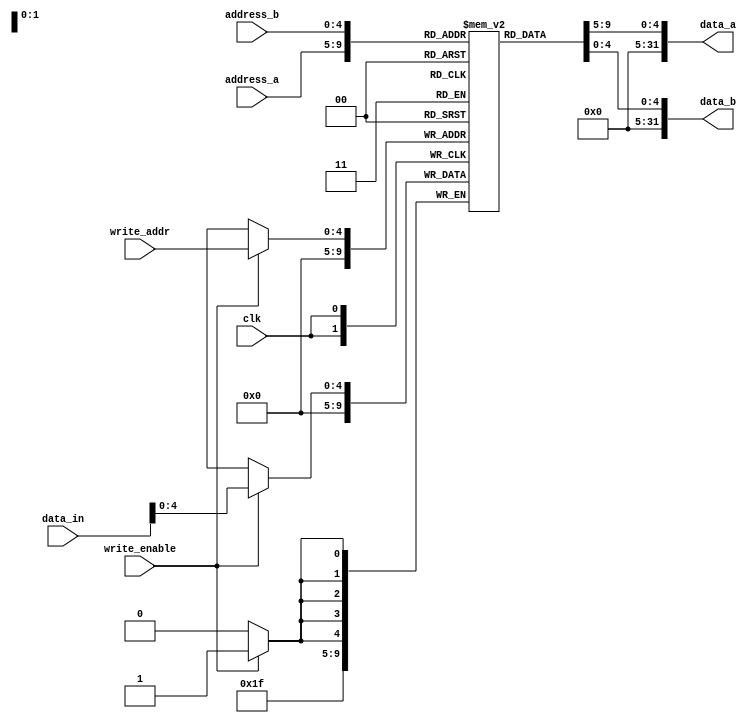
module Registers (
    input clk,
    input [4:0] write_addr,
    input [31:0] data_in,
    input write_enable,
    input [4:0] address_a,
    input [4:0] address_b,
    output [31:0] data_a,
    output [31:0] data_b
);

    reg [4:0] memory [31:0];

    // set $sp
    initial begin
        memory[5'd29] = 32'h3ffc;

        // set $gp
        memory[5'd28] = 32'h1800;

        // set the zero register
        memory[5'b0] = 32'b0;
    end

    always @(posedge clk) begin
        if (write_enable) begin
            memory[write_addr] <= data_in;
        end

        // set the zero register
        memory[5'b0] <= 32'b0;
    end

    assign data_a = memory[address_a];
    assign data_b = memory[address_b];

endmodule